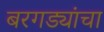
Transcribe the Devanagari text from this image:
बरगड्यांचा